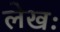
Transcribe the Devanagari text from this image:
लेखः